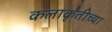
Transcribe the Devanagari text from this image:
कलाकृतीच्या